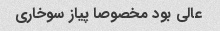
عالی بود مخصوصا پیاز سوخاری